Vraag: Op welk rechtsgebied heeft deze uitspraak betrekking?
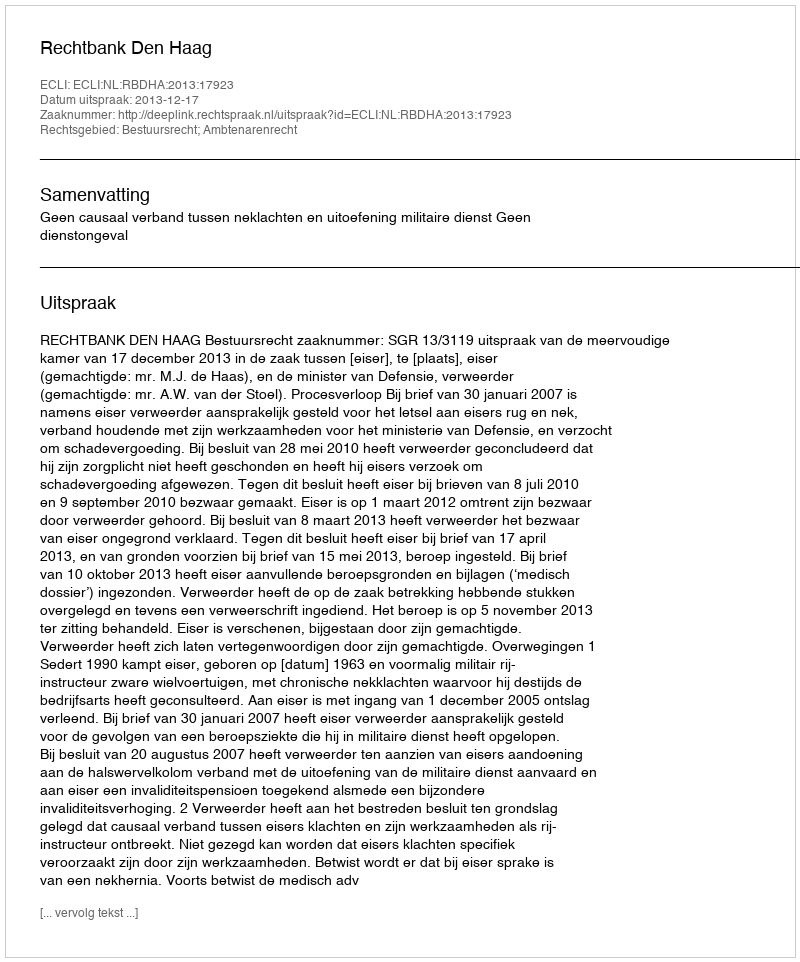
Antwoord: Bestuursrecht; Ambtenarenrecht